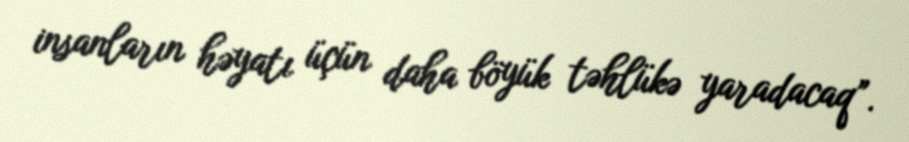
insanların həyatı üçün daha böyük təhlükə yaradacaq”.